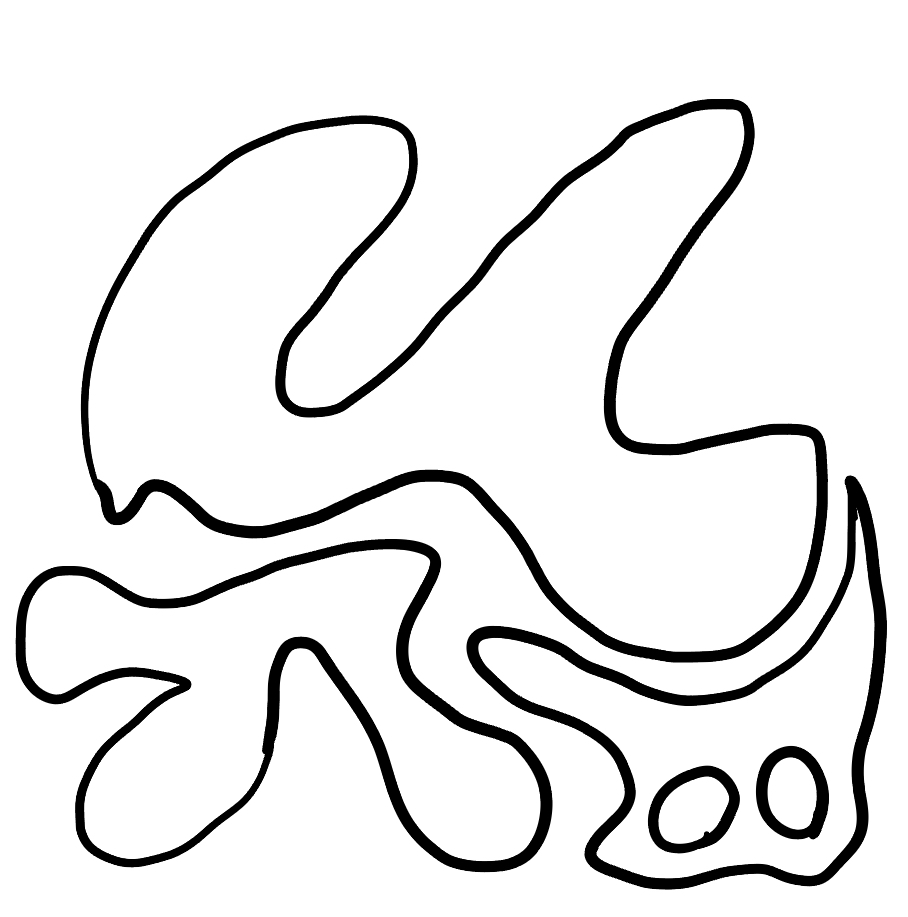
Number of regions (including the outer root region): 6
Containment tree edges (parent, child): 0, 1, 0, 2, 0, 5, 2, 3, 2, 4